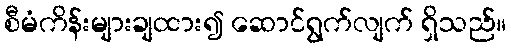
စီမံကိန်းများချထား၍ ဆောင်ရွက်လျက် ရှိသည်။